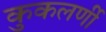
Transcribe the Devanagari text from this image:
कुकलर्णी